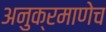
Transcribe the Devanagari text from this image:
अनुक्रमाणेच